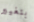
بتغيير